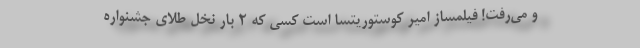
و می‌رفت! فیلمساز امیر کوستوریتسا است کسی که 2 بار نخل طلای جشنواره